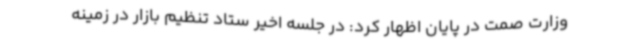
وزارت صمت در پایان اظهار کرد: در جلسه اخیر ستاد تنظیم بازار در زمینه